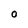
Character: 0